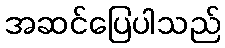
အဆင်ပြေပါသည်